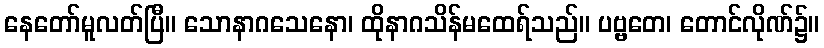
နေတော်မူလတ်ပြီ။ သောနာဂသေနော၊ ထိုနာဂသိန်မထေရ်သည်။ ပဗ္ဗတေ၊ တောင်လိုဏ်၌။